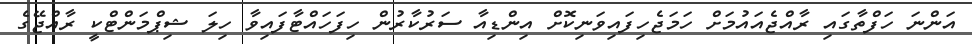
އަންނަ ހަފްތާގައި ރާއްޖެއައުމަށް ހަމަޖެހިފައިވަނިކޮށް އިންޑިއާ ސަރުކާރުން ހިފަހައްޓާފައިވާ ހިލަ ޝިޕްމަންޓްކީ ރާއްޖޭގެ